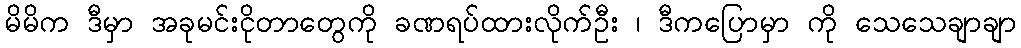
မိမိက ဒီမှာ အခုမင်းငိုတာတွေကို ခဏရပ်ထားလိုက်ဦး ၊ ဒီကပြောမှာ ကို သေသေချာချာ